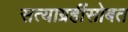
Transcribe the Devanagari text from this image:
सत्याग्रहींसोबत